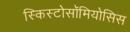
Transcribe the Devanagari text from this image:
स्किस्टोसॉमियोसिस